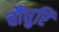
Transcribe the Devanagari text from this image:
चौधुरि